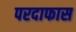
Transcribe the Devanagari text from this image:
परदाफास